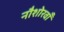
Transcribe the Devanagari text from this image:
नौशोरवाँ